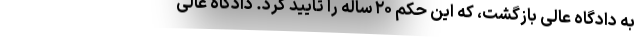
به دادگاه عالی بازگشت، که این حکم ۲۰ ساله را تأیید کرد. دادگاه عالی